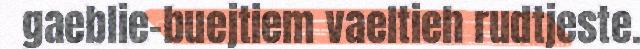
gaeblie-buejtiem vaeltieh rudtjeste.